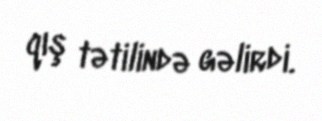
qış tətilində gəlirdi.